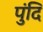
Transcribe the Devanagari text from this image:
पुंदि